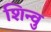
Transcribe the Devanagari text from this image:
शिन्वु